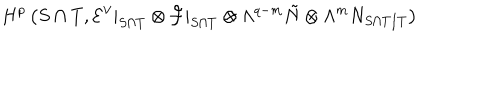
LaTeX: H ^ { p } \left( { S \cap T } , { \cal E } ^ { \vee } | _ { S \cap T } \otimes { \cal F } | _ { S \cap T } \otimes \Lambda ^ { q - m } \tilde { N } \otimes \Lambda ^ { m } N _ { S \cap T / T } \right)